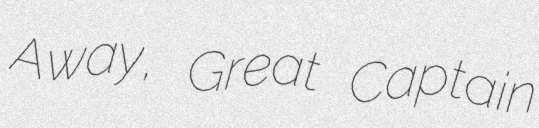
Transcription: Away, Great Captain